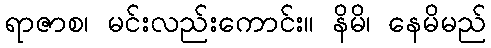
ရာဇာစ၊ မင်းလည်းကောင်း။ နိမိ၊ နေမိမည်